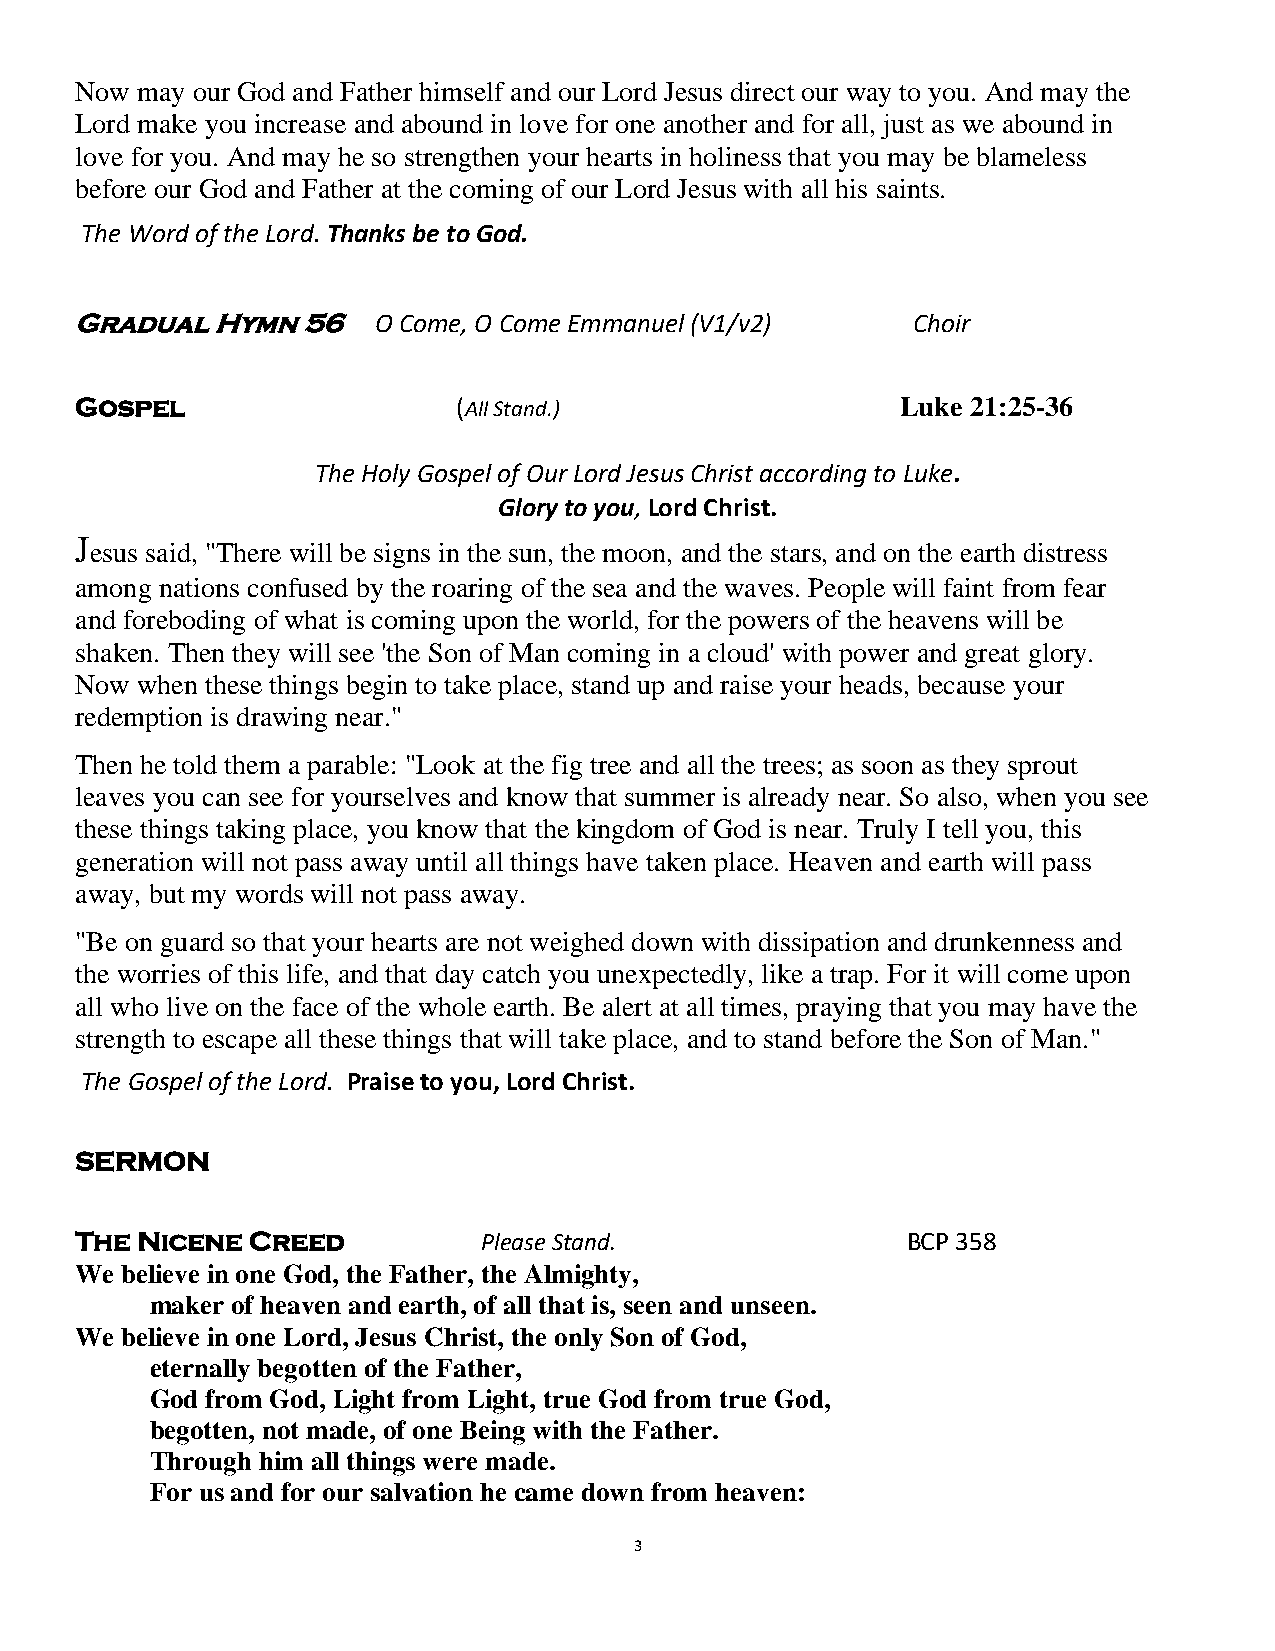
Now may our God and Father himself and our Lord Jesus direct our way to you. And may the
 Lord make you increase and abound in love for one another and for all, just as we abound in
 love for you. And may he so strengthen your hearts in holiness that you may be blameless
 before our God and Father at the coming of our Lord Jesus with all his saints.
 The Word of the Lord. Thanks be to God.
 Gradual  Hymn  56
 O Come, O Come Emmanuel (V1/v2)    Choir
 Gospel                   (All Stand.)                  Luke 21:25-36
 The Holy Gospel of Our Lord Jesus Christ according to Luke.
 Glory to you, Lord Christ.
 J
 esus said, "There will be signs in the sun, the moon, and the stars, and on the earth distress
 among nations confused by the roaring of the sea and the waves. People will faint from fear
 and foreboding of what is coming upon the world, for the powers of the heavens will be
 shaken. Then they will see 'the Son of Man coming in a cloud' with power and great glory.
 Now when these things begin to take place, stand up and raise your heads, because your
 redemption is drawing near."
 Then he told them a parable: "Look at the fig tree and all the trees; as soon as they sprout
 leaves you can see for yourselves and know that summer is already near. So also, when you see
 these things taking place, you know that the kingdom of God is near. Truly I tell you, this
 generation will not pass away until all things have taken place. Heaven and earth will pass
 away, but my words will not pass away.
 "Be on guard so that your hearts are not weighed down with dissipation and drunkenness and
 the worries of this life, and that day catch you unexpectedly, like a trap. For it will come upon
 all who live on the face of the whole earth. Be alert at all times, praying that you may have the
 strength to escape all these things that will take place, and to stand before the Son of Man."
 The Gospel of the Lord. Praise to you, Lord Christ.
 SERMON
 The Nicene Creed
 Please Stand.               BCP 358
 We believe in one God, the Father, the Almighty,
 maker of heaven and earth, of all that is, seen and unseen.
 We believe in one Lord, Jesus Christ, the only Son of God,
 eternally begotten of the Father,
 God from God, Light from Light, true God from true God,
 begotten, not made, of one Being with the Father.
 Through him all things were made.
 For us and for our salvation he came down from heaven:
 3